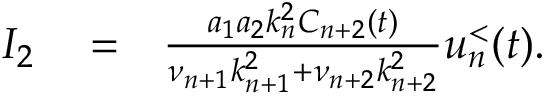
\begin{array} { r l r } { I _ { 2 } } & { { } = } & { \frac { a _ { 1 } a _ { 2 } k _ { n } ^ { 2 } C _ { n + 2 } ( t ) } { \nu _ { n + 1 } k _ { n + 1 } ^ { 2 } + \nu _ { n + 2 } k _ { n + 2 } ^ { 2 } } u _ { n } ^ { < } ( t ) . } \end{array}